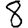
Digit: 8